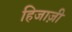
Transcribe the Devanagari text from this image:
हिजाज़ी